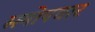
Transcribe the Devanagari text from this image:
समोपचार